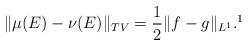
LaTeX: \begin{align*}\|\mu (E) - \nu(E)\|_{TV} = \frac{1}{2}\|f - g\|_{L^1}. \footnotemark\end{align*}